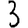
Digit: 3